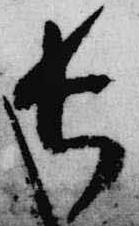
長